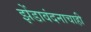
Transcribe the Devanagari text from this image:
झेंडावंदनाचाही